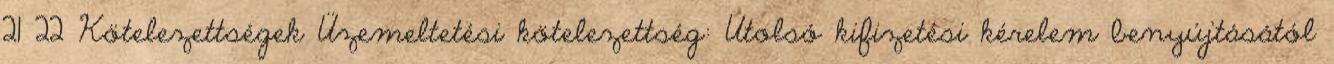
21 22 Kötelezettségek Üzemeltetési kötelezettség: Utolsó kifizetési kérelem benyújtásától